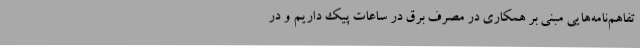
تفاهم‌نامه‌هایی مبنی بر همکاری در مصرف برق در ساعات پیک داریم و در